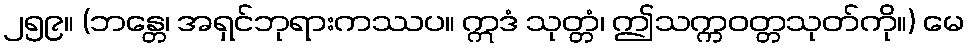
၂၅၉။ (ဘန္တေ၊ အရှင်ဘုရားကဿပ။ ဣဒံ သုတ္တံ၊ ဤသက္ကဝတ္တသုတ်ကို။) မေ